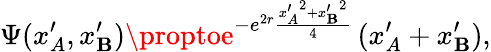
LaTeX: \Psi(x_{A}^{\prime},x_{\mathbf{B}}^{\prime})\proptoe^{-e^{2r}\frac{{{x_{A}^{\prime}}^{2}+{x_{\mathbf{B}}^{\prime}}^{2}}}{{4}}}\, (x_{A}^{\prime}+x_{\mathbf{B}}^{\prime}),